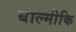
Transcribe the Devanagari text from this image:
बाल्‍मीकि